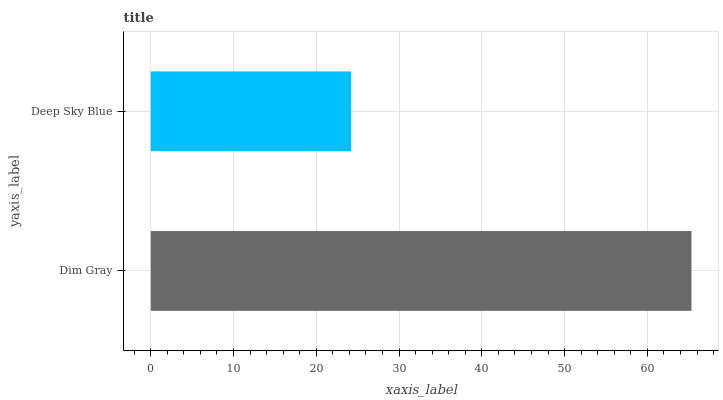
| yaxis_label | bars |
 | --- | --- |
 | Dim Gray | 65.3 |
 | Deep Sky Blue | 24.2 |